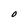
Character: O